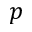
p